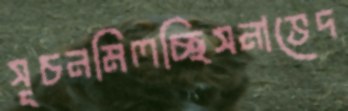
সূচনমিলচ্ছিসনাভেদ